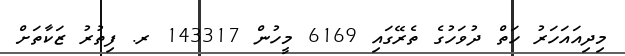
މިދިއައަހަރު ހަތް ދުވަހުގެ ތެރޭގައި 6169 މީހުން 143317 ރ. ފިތުރު ޒަކާތަށް